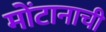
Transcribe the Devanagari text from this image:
मोंटानाची